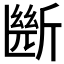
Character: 㫁